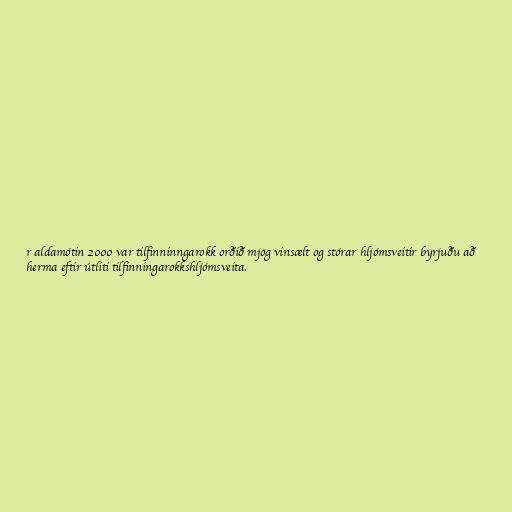
r aldamótin 2000 var tilfinninngarokk orðið mjög vinsælt og stórar hljómsveitir byrjuðu að
herma eftir útliti tilfinningarokkshljómsveita.